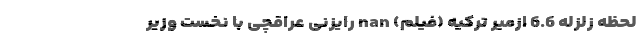
لحظه زلزله 6.6 ازمیر ترکیه (فیلم) nan رایزنی عراقچی با نخست وزیر